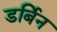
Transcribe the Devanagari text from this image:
डर्बिन